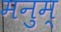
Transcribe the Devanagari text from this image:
मनुम्‌